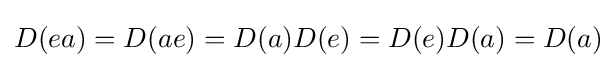
D(ea)=D(ae)=D(a)D(e)=D(e)D(a)=D(a)